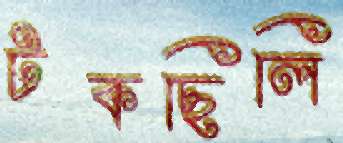
টকছিলি